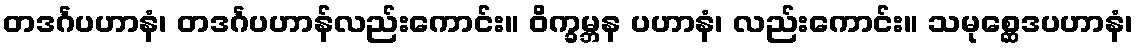
တဒင်္ဂပဟာနံ၊ တဒင်္ဂပဟာန်လည်းကောင်း။ ဝိက္ခမ္ဘန ပဟာနံ၊ လည်းကောင်း။ သမုစ္ဆေဒပဟာနံ၊